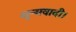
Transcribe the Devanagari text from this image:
शून्यवादी।